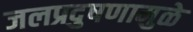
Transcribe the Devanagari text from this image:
जलप्रदुषणामुळे